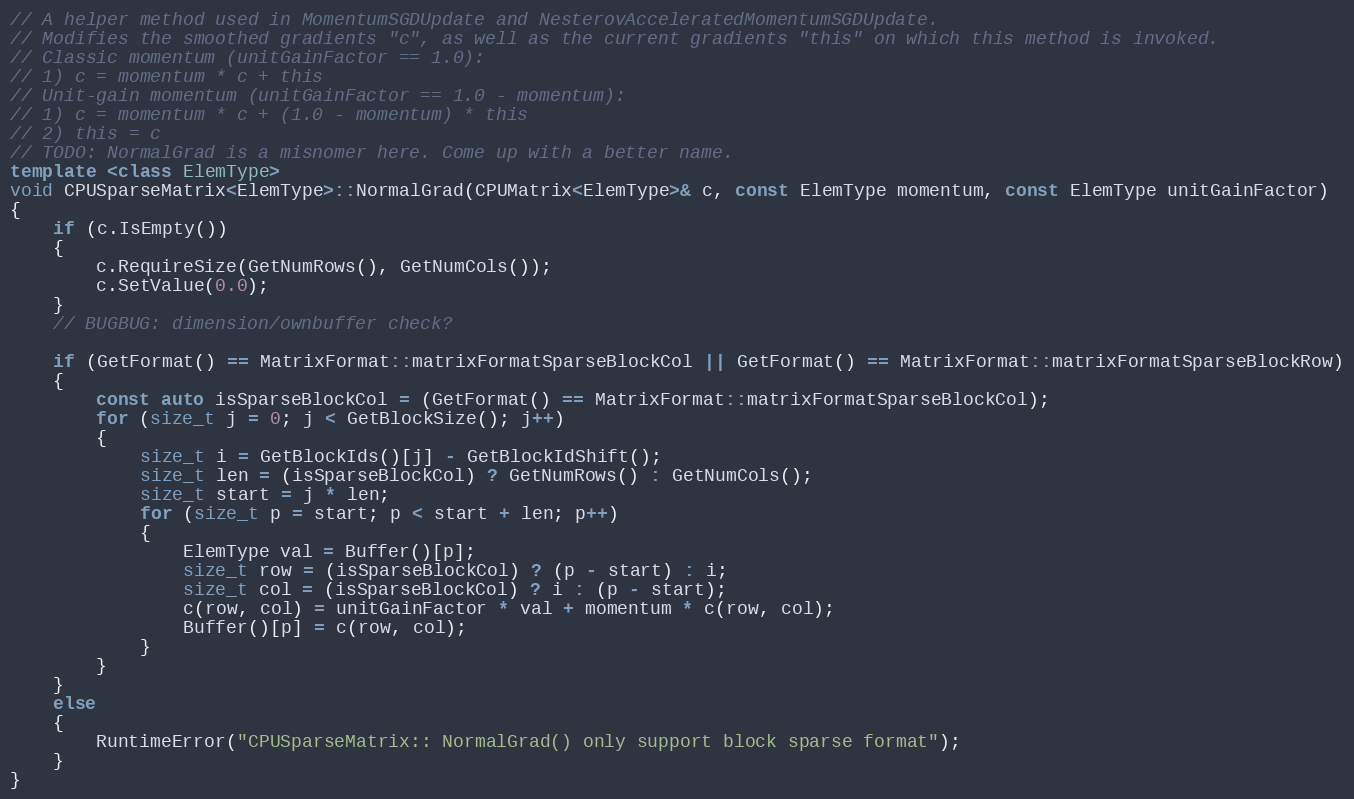
Language: C++
// A helper method used in MomentumSGDUpdate and NesterovAcceleratedMomentumSGDUpdate.
// Modifies the smoothed gradients "c", as well as the current gradients "this" on which this method is invoked.
// Classic momentum (unitGainFactor == 1.0):
// 1) c = momentum * c + this
// Unit-gain momentum (unitGainFactor == 1.0 - momentum):
// 1) c = momentum * c + (1.0 - momentum) * this
// 2) this = c
// TODO: NormalGrad is a misnomer here. Come up with a better name.
template <class ElemType>
void CPUSparseMatrix<ElemType>::NormalGrad(CPUMatrix<ElemType>& c, const ElemType momentum, const ElemType unitGainFactor)
{
    if (c.IsEmpty())
    {
        c.RequireSize(GetNumRows(), GetNumCols());
        c.SetValue(0.0);
    }
    // BUGBUG: dimension/ownbuffer check?

    if (GetFormat() == MatrixFormat::matrixFormatSparseBlockCol || GetFormat() == MatrixFormat::matrixFormatSparseBlockRow)
    {
        const auto isSparseBlockCol = (GetFormat() == MatrixFormat::matrixFormatSparseBlockCol);
        for (size_t j = 0; j < GetBlockSize(); j++)
        {
            size_t i = GetBlockIds()[j] - GetBlockIdShift();
            size_t len = (isSparseBlockCol) ? GetNumRows() : GetNumCols();
            size_t start = j * len;
            for (size_t p = start; p < start + len; p++)
            {
                ElemType val = Buffer()[p];
                size_t row = (isSparseBlockCol) ? (p - start) : i;
                size_t col = (isSparseBlockCol) ? i : (p - start);
                c(row, col) = unitGainFactor * val + momentum * c(row, col);
                Buffer()[p] = c(row, col);
            }
        }
    }
    else
    {
        RuntimeError("CPUSparseMatrix:: NormalGrad() only support block sparse format");
    }
}